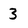
Character: 3